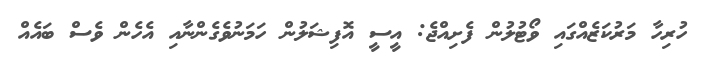
ހުރިހާ މަރުކަޒެއްގައި ވޯޓުލުން ފެށިއްޖެ: އީސީ އޮފިޝަލުން ހަމަނުވެގެންނާއި އެހެން ވެސް ބައެއް